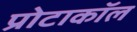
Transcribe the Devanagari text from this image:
प्रोटाकॉल